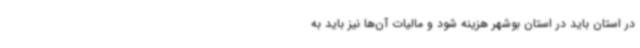
در استان باید در استان بوشهر هزینه شود و مالیات آن‌ها نیز باید به